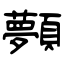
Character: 顭